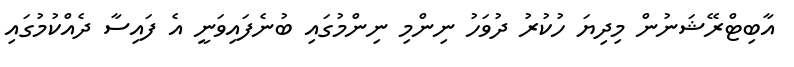
އާބިޓްރޭޝަނުން މިދިޔަ ހުކުރު ދުވަހު ނިންމި ނިންމުގައި ބުނެފައިވަނީ އެ ފައިސާ ދެއްކުމުގައި